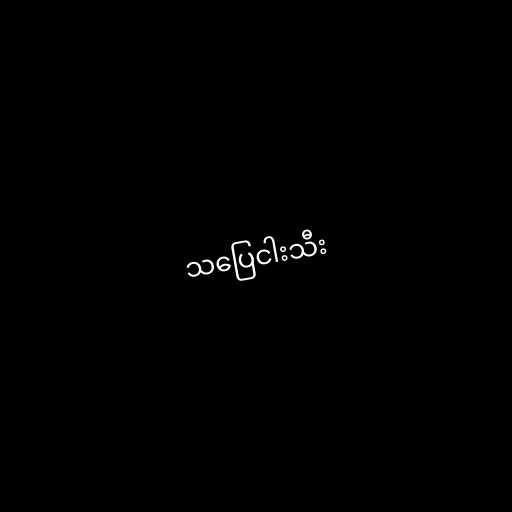
သပြေငါးသီး